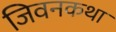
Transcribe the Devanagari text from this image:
जिवनकथा